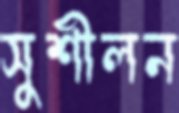
সুশীলন